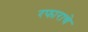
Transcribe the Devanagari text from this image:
रफाराचे